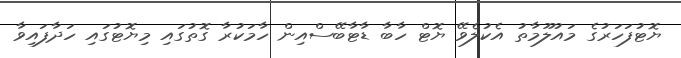
ޔޮޓުފަހަރުގެ މައުލޫމާތު އެކުލެވޭ ޔޮޓް ހާބާ ޑާޓާބޭސްއިން ހާމަކުރާ ގޮތުގައި މިޔޮޓުގައި ހަދާފައިވާ